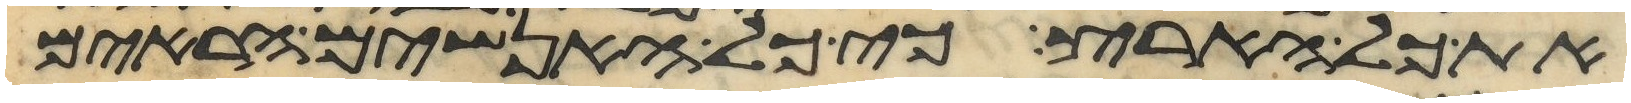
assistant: את כל הארץ כי כל האנשים הראים